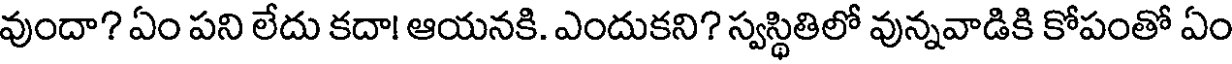
వుందా? ఏం పని లేదు కదా! ఆయనకి. ఎందుకని? స్వస్థితిలో వున్నవాడికి కోపంతో ఏం